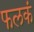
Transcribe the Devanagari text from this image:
फलकं